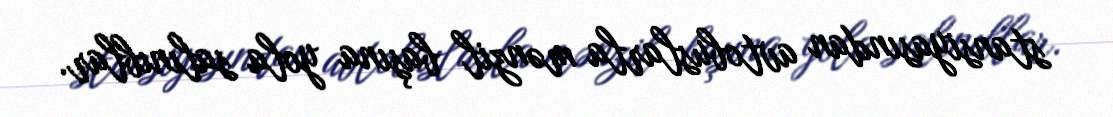
stansiyasından avtobuslarla mənzil başına yola salınıblar.